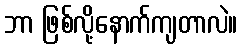
ဘာ ဖြစ်လို့နောက်ကျတာလဲ။